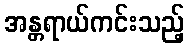
အန္တရာယ်ကင်းသည့်